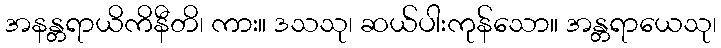
အနန္တရာယိကိနီတိ၊ ကား။ ဒသသု၊ ဆယ်ပါးကုန်သော။ အန္တရာယေသု၊